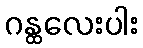
ဂန္ထလေးပါး